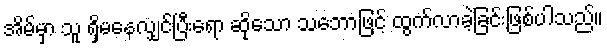
အိမ်မှာ သူ ရှိမနေလျှင်ပြီးရော ဆိုသော သဘောဖြင့် ထွက်လာခဲ့ခြင်းဖြစ်ပါသည်။